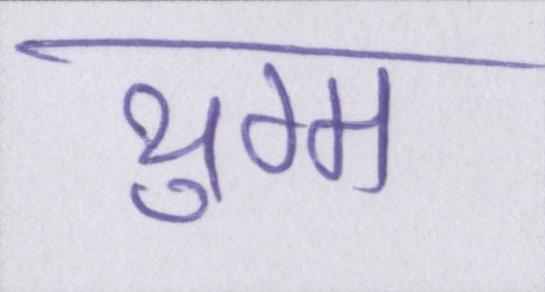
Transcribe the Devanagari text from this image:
युग्म